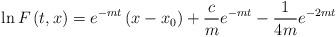
LaTeX: \begin{align*}\ln F\left( t,x\right) =e^{-mt}\left( x-x_{0}\right) +\frac{c}{m}e^{-mt}-\frac{1}{4m}e^{-2mt} \end{align*}